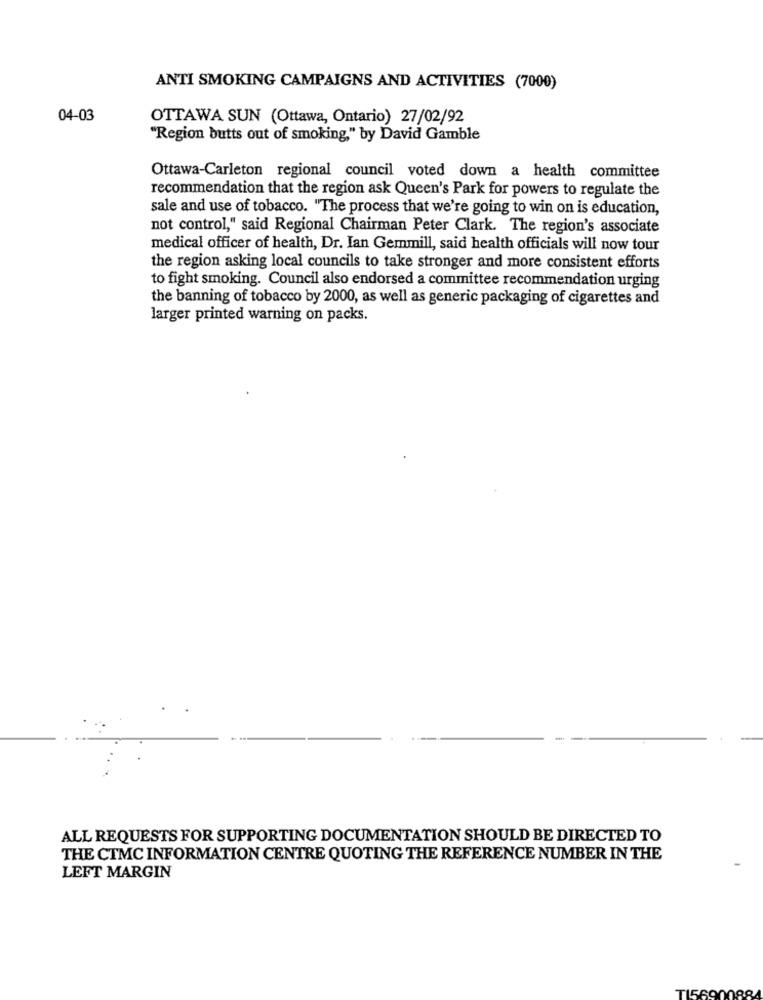
ANTI SMOKING CAMPAIGNS AND ACTIVITIES (7000)
04-03
OTTAWA SUN (Ottawa, Ontario) 27/02/92
"Region butts out of smoking," by David Gamble
Ottawa-Carleton regional council voted down a health committee
recommendation that the region ask Queen's Park for powers to regulate the
sale and use of tobacco. "The process that we're going to win on is education,
not control," said Regional Chairman Peter Clark. The region's associate
medical officer of health, Dr. Ian Gemmill, said health officials will now tour
the region asking local councils to take stronger and more consistent efforts
to fight smoking. Council also endorsed a committee recommendation urging
the banning of tobacco by 2000, as well as generic packaging of cigarettes and
larger printed warning on packs.
ALL REQUESTS FOR SUPPORTING DOCUMENTATION SHOULD BE DIRECTED TO
THE CTMC INFORMATION CENTRE QUOTING THE REFERENCE NUMBER IN THE
LEFT MARGIN
T15690